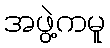
အဖွဲ့ကမူ